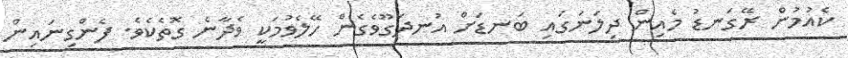
ކެއުމުން ރޭގަނޑު މެއިން ދިލަނަގައި ބަނޑަށް އުނދަގޫވެގެން ހޭލެވުމަކީ ވެދާނެ ގޮތެކެވެ. ފެންގިނައިން